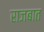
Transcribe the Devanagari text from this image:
राजबात